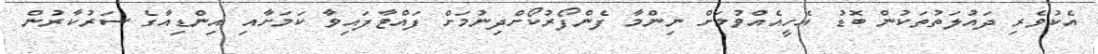
އެކުވެރި ދައުލަތުތަކުން ބޮޑު އެހީއެއްވުމަށް ނިންމާ ފެންފޯރުކޯށްދިނުމަށް ފައްޓާފައިވާ ކަމަށާއި އިންޑިއާގެ ސަރުކާރުން